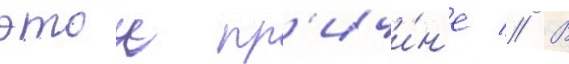
этои пр'ичи́н'е // В